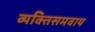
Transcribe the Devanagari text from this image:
व्यक्तिसमवाय